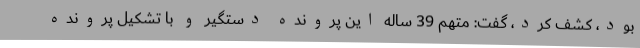
بود، کشف کرد، گفت: متهم 39 ساله این پرونده دستگیر و با تشکیل پرونده